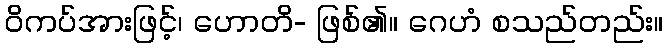
ဝိကပ်အားဖြင့်၊ ဟောတိ- ဖြစ်၏။ ဂေဟံ စသည်တည်း။